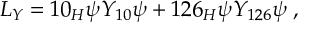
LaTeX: { \cal L } _ { Y } = 1 0 _ { H } \psi Y _ { 1 0 } \psi + 1 2 6 _ { H } \psi Y _ { 1 2 6 } \psi \; ,